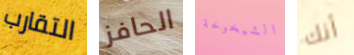
التقارب الحافز الشيخوخة أنك